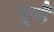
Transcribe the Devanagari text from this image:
दुल्हेँ